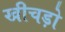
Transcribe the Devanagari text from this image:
खीचड़ो